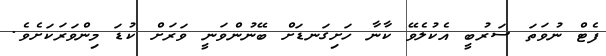
ފެޓް ނުވަތަ ސަރުބީ އެކުލެވޭ ކާނާ ހަށިގަނޑަށް ބޭނުންވަނީ ވަރަށް ކުޑަ މިންވަރަކަށެވެ.